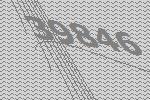
39846